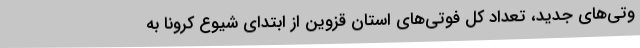
وتی‌های جدید، تعداد کل فوتی‌های استان قزوین از ابتدای شیوع کرونا به